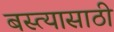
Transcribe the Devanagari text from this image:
बस्त्यासाठी